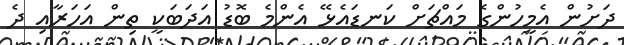
ދަށުން އެމީހުންގެ މައްޗަށް ކަނޑައެޅޭ އެންމެ ބޮޑު އަދަބަކީ ތިން އަހަރާއި ދެ